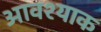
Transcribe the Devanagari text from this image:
आवश्याक